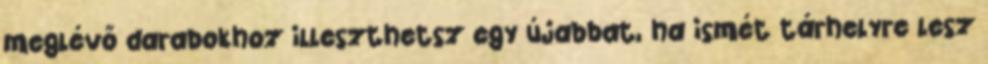
meglévő darabokhoz illeszthetsz egy újabbat, ha ismét tárhelyre lesz